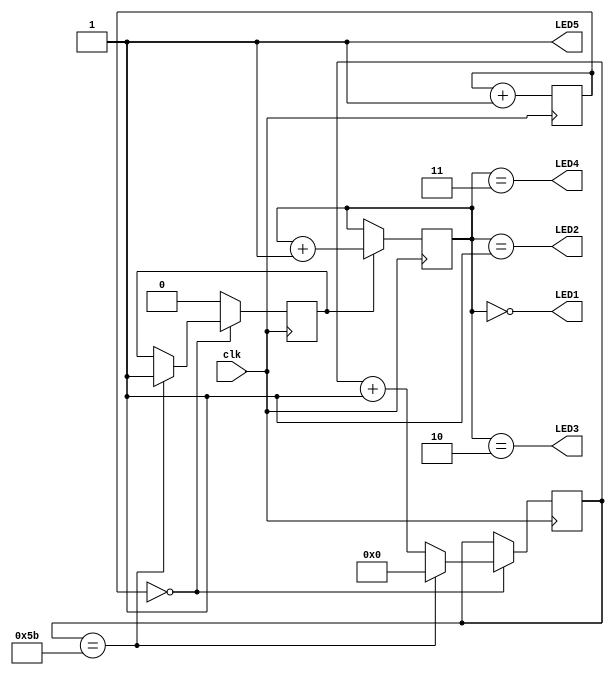
// --------------------------------------------------------------------
// >>>>>>>>>>>>>>>>>>>>>>>>> COPYRIGHT NOTICE <<<<<<<<<<<<<<<<<<<<<<<<<
// --------------------------------------------------------------------
// Copyright (c) 2006 by Lattice Semiconductor Corporation
// --------------------------------------------------------------------
//
// Permission:
//
//   Lattice Semiconductor grants permission to use this code for use
//   in synthesis for any Lattice programmable logic product.  Other
//   use of this code, including the selling or duplication of any
//   portion is strictly prohibited.
//
// Disclaimer:
//
//   This VHDL or Verilog source code is intended as a design reference
//   which illustrates how these types of functions can be implemented.
//   It is the user's responsibility to verify their design for
//   consistency and functionality through the use of formal
//   verification methods.  Lattice Semiconductor provides no warranty
//   regarding the use or functionality of this code.
//
// --------------------------------------------------------------------
//           
//                     Lattice Semiconductor Corporation
//                     5555 NE Moore Court
//                     Hillsboro, OR 97214
//                     U.S.A
//
//                     TEL: 1-800-Lattice (USA and Canada)
//                          503-268-8001 (other locations)
//
//                     web: http://www.latticesemi.com/
// --------------------------------------------------------------------
//
// Revision History :

module LED_Rotation(
    input  clk,
    output LED1,
    output LED2,
    output LED3,
    output LED4,
    output LED5
    );

	reg[15:0] div_cntr1;
	reg[6:0] div_cntr2;
	reg[1:0] dec_cntr;
	reg half_sec_pulse;
		
	always@(posedge clk)
		begin
		div_cntr1 <= div_cntr1 + 1;
		if (div_cntr1 == 0) 
			if (div_cntr2 == 91) 
				begin
				div_cntr2 <= 0;
				half_sec_pulse <= 1;  
				end
			else
				div_cntr2 <= div_cntr2 + 1;
		else
			half_sec_pulse <= 0;
		
		if (half_sec_pulse == 1)	
			dec_cntr <= dec_cntr + 1;
			
		end	
		
		
	assign LED1 = (dec_cntr == 0) ;
	assign LED2 = (dec_cntr == 1) ;
	assign LED3 = (dec_cntr == 2) ;
	assign LED4 = (dec_cntr == 3) ;
	assign LED5 = 1'b1;
				
endmodule